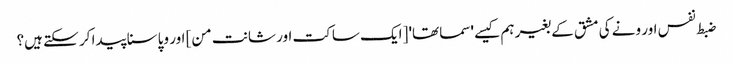
ضبط نفس اور ونے کی مشق کے بغیر ہم کیسے 'سماتھا' [ایک ساکت اور شانت من] اور وپاسنا پیدا کر سکتے ہیں؟